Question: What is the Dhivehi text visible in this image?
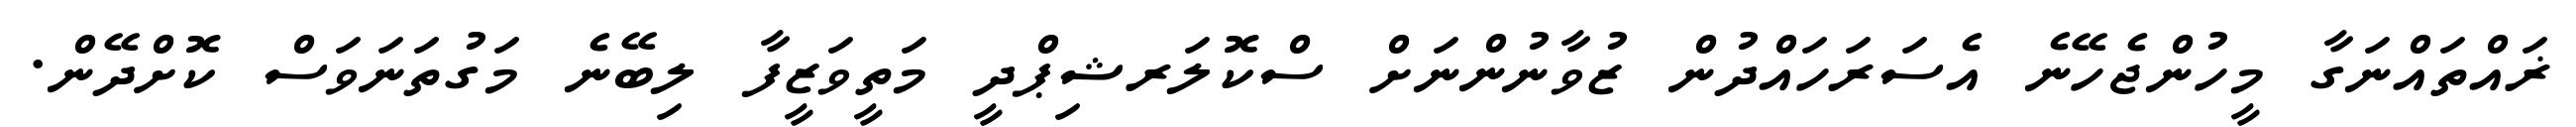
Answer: ޜައްތައްނަގާ މީހުންޖެހޭނެ އެސަރަހައްދުން ޒުވާނުންނަށް ސްކޮލަރޝިޕްދީ މަތީވަޒީފާ ލިބޭނެ މަގުތަނަވަސް ކޮށްދޭން.